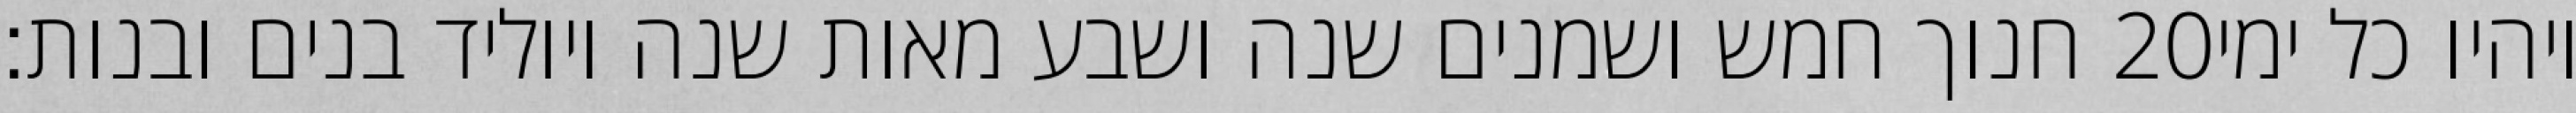
חנוך חמש ושמנים שנה ושבע מאות שנה ויוליד בנים ובנות׃ ‎20‏ ויהיו כל ימי